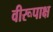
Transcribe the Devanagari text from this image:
वीरूपाक्ष